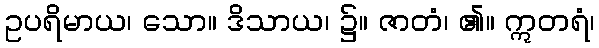
ဥပရိမာယ၊ သော။ ဒိသာယ၊ ၌။ ဇာတံ၊ ၏။ ဣတရံ၊